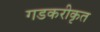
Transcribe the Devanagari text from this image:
गडकरीकृत